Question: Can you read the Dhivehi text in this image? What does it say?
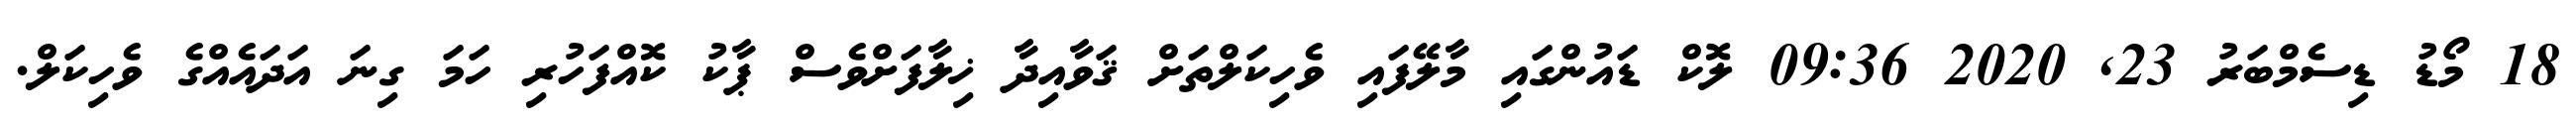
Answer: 18 މޯޑު ޑިސެމްބަރު 23, 2020 09:36 ލޮކް ޑައުންގައި މާލޭފައި ވެހިކަލްތަށް ޤަވާއިދާ ޚިލާފަށްވެސް ޕާކު ކޮއްފަހުރި ހަމަ ގިނަ އަދައެއްގެ ވެހިކަލް.